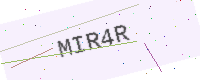
Text: MIR4R